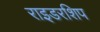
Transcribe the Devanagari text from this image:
राइडरशिप